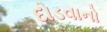
દોડવાનો